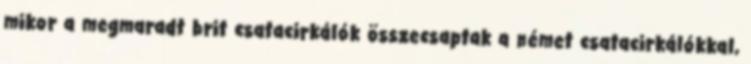
mikor a megmaradt brit csatacirkálók összecsaptak a német csatacirkálókkal,